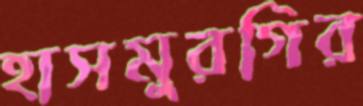
হাসমুরগির